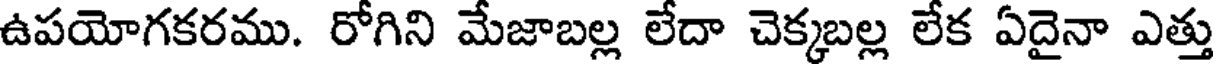
ఉపయోగకరము. రోగిని మేజాబల్ల లేదా చెక్కబల్ల లేక ఏదైనా ఎత్తు